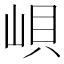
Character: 𱛫